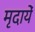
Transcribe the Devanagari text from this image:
मृदायें